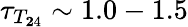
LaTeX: \tau_{T_{\le 24}}\sim 1.0-1.5